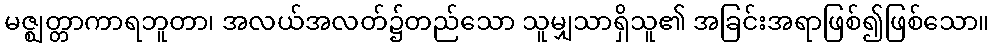
မဇ္ဈတ္တာကာရဘူတာ၊ အလယ်အလတ်၌တည်သော သူမျှသာရှိသူ၏ အခြင်းအရာဖြစ်၍ဖြစ်သော။